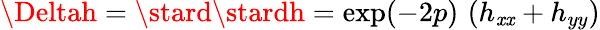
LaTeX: \Deltah=\stard\stardh=\exp(-2p)\, \left(h_{\mathit{x}\mathit{x}}+h_{yy}\right)